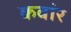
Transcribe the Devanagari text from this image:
कवांर